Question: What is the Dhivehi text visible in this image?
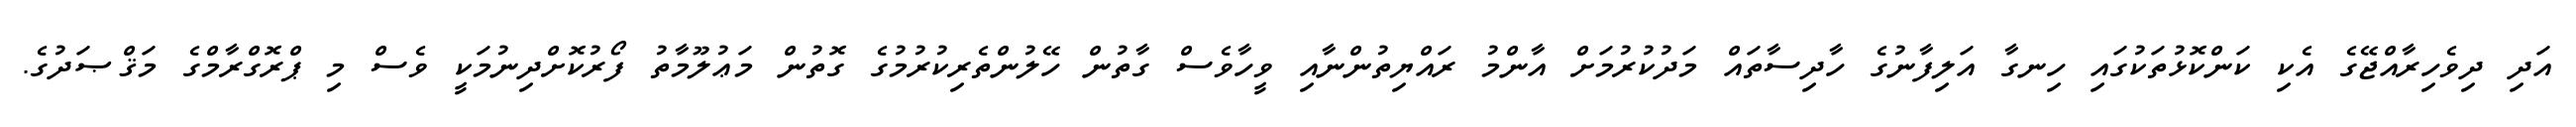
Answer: އަދި ދިވެހިރާއްޖޭގެ އެކި ކަންކޮޅުތަކުގައި ހިނގާ އަލިފާނުގެ ހާދިސާތައް މަދުކުރުމަށް އާންމު ރައްޔިތުންނާއި ވީހާވެސް ގާތުން ހޭލުންތެރިކުރުމުގެ ގޮތުން މަޢުލޫމާތު ފޯރުކޮށްދިނުމަކީ ވެސް މި ޕްރޮގްރާމްގެ މަޤްޞަދުގެ.